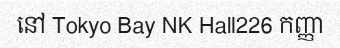
នៅ Tokyo Bay NK Hall226 កញ្ញា